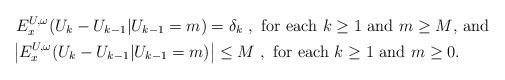
LaTeX: \begin{align*}& ~E_x^{U, \omega}(U_k - U_{k-1}| U_{k-1} = m) = \delta_k ~,~\mbox{for each $k \geq 1$ and $m \geq M$, and} \\& \left|E_x^{U, \omega}(U_k - U_{k-1}| U_{k-1} = m)\right| \leq M ~,~ \mbox{for each $k \geq 1$ and $m \geq 0$}.\end{align*}